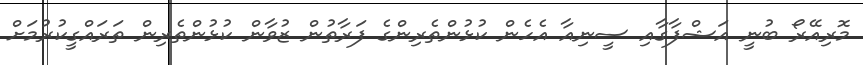
މޮރިއޭރޯ ބުނީ އަޝްފާގާއި ސީނިއާ އެހެން ކުޅުންތެރިންގެ ފަރާތުން ޒުވާން ކުޅުންތެރިން ތަރައްގީކުރުމަށް